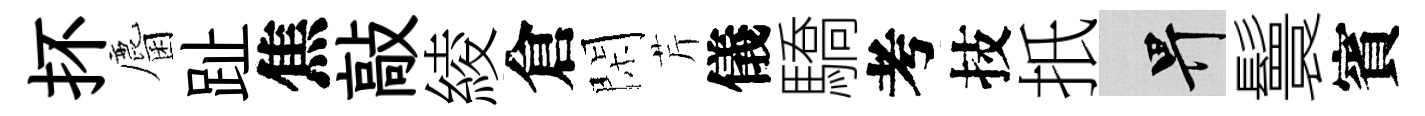
抔麕趾焦敲綾倉閑芹儀驕考技扺畀鬟賓